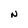
Character: N